Indian journal of veterinary science and animal husbandry - Volume 12,
Year: 1942
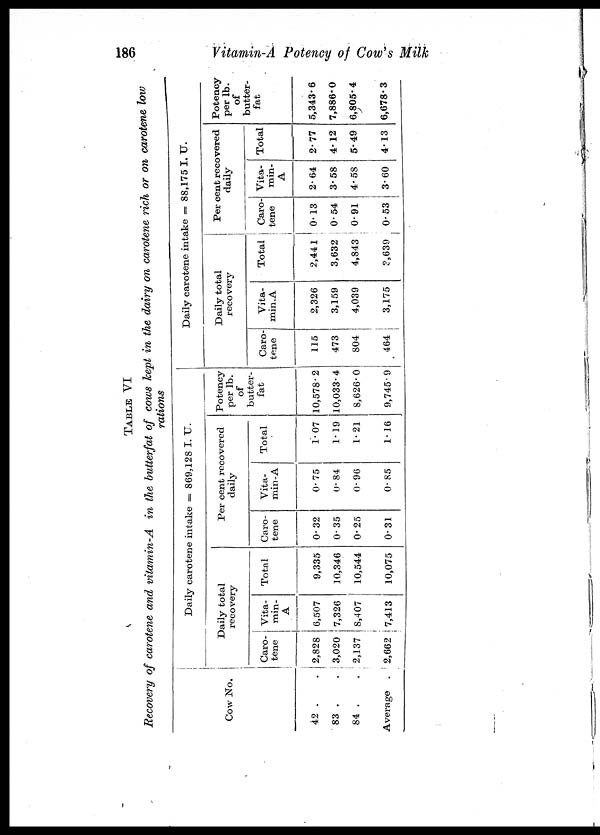
186
Vitamin-A Potency of Cow's Milk
TABLE VI
Recovery of carotene and vitamin-A in the butterfat of cows kept in the dairy on carotene rich or on carotene low
rations
Cow No.
42 . .
83 . .
84 . .
Average .
Daily carotene intake = 869,128 I. U.
Daily total
recovery
Caro-
tene
2,828
3,020
2,137
2,662
Vita-
min-
A
6,507
7,326
8,407
7,413
Total
9,335
10,346
10,544
10,075
Per cent recovered
daily
Caro-
tene
0.32
0.35
0.25
0.31
Vita-
min-A
0. 75
0. 84
0. 96
0. 85
Total
1.07
1.19
1.21
1. 16
Potency
per lb.
of
butter-
fat
10,578.2
10,033.4
8,626.0
9,745.9
Daily carotene intake = 88,175 I. U.
Daily total
recovery
Caro-
tene
115
473
804
464
Vita-
min.A
2,326
3,159
4,039
3,175
Total
2,441
3,632
4,843
3,639
Per cent recovered
daily
Caro-
tene
0.13
0.54
0.91
0.53
Vita-
min-
A
2.64
3.58
4.58
3.60
Total
2.77
4.12
5.49
4.13
Potency
per lb.
of
butter-
fat
5,343.6
7,886.0
6,805.4
6,678.3